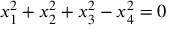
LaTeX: x _ { 1 } ^ { 2 } + x _ { 2 } ^ { 2 } + x _ { 3 } ^ { 2 } - x _ { 4 } ^ { 2 } = 0